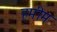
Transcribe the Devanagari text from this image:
हमीम